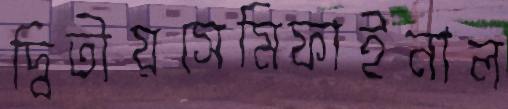
দ্বিতীয়সেমিফাইনাল